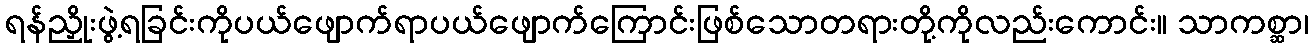
ရန်ညှိုးဖွဲ့ရခြင်းကိုပယ်ဖျောက်ရာပယ်ဖျောက်ကြောင်းဖြစ်သောတရားတို့ကိုလည်းကောင်း။ သာကစ္ဆာ၊